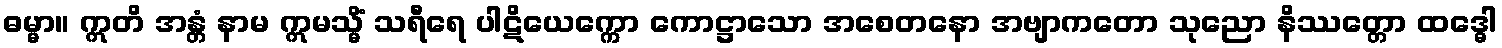
ဓမ္မာ။ ဣတိ အန္တံ နာမ ဣမသ္မိံ သရီရေ ပါဋိယေက္ကော ကောဋ္ဌာသော အစေတနော အဗျာကတော သုညော နိဿတ္တော ထဒ္ဓေါ